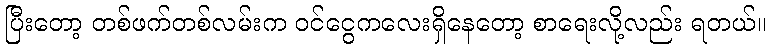
ပြီးတော့ တစ်ဖက်တစ်လမ်းက ဝင်ငွေကလေးရှိနေတော့ စာရေးလို့လည်း ရတယ်။